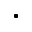
\bullet